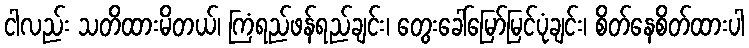
ငါလည်း သတိထားမိတယ်၊ ကြံရည်ဖန်ရည်ချင်း၊ တွေးခေါ်မြော်မြင်ပုံချင်း၊ စိတ်နေစိတ်ထားပါ